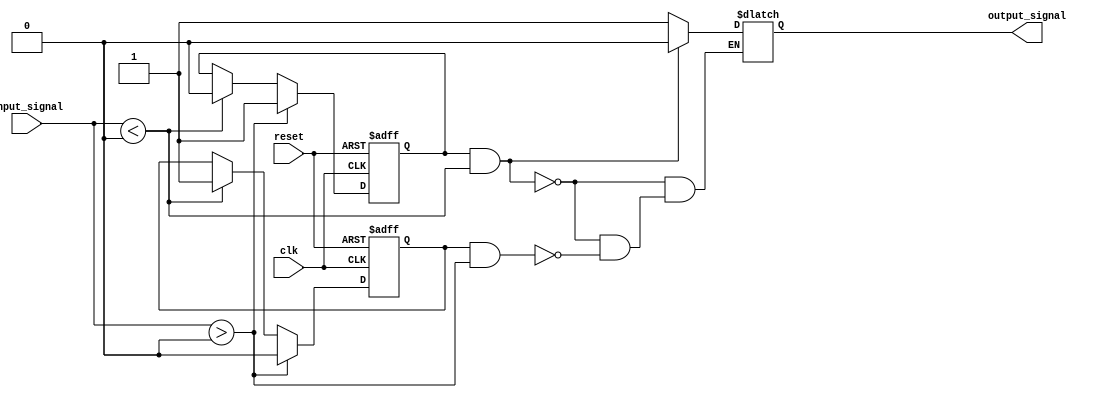
module Schmitt_trigger_buffer (
    input wire clk,             // Clock input
    input wire reset,           // Reset signal
    input wire input_signal,    // Input signal

    output reg output_signal    // Output signal
);

reg threshold = 4'b1000;        // Predefined threshold
reg hysteresis = 3'b010;        // Hysteresis value

reg above_threshold;            // Comparator output
reg below_threshold;

always @ (posedge clk or posedge reset) begin
    if (reset) begin
        above_threshold <= 1'b0;    // Reset the comparator output
        below_threshold <= 1'b0;
    end
    else begin
        // Determine if the input signal is above or below the threshold
        if (input_signal > threshold + hysteresis) begin
            above_threshold <= 1'b1;
            below_threshold <= 1'b0;
        end
        else if (input_signal < threshold - hysteresis) begin
            above_threshold <= 1'b0;
            below_threshold <= 1'b1;
        end
    end
end

always @ (*) begin
    // Output changes state only after input signal has moved away from threshold
    if (above_threshold && input_signal < threshold) begin
        output_signal = 1'b0;
    end
    else if (below_threshold && input_signal > threshold) begin
        output_signal = 1'b1;
    end
end

endmodule